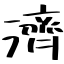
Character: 濟